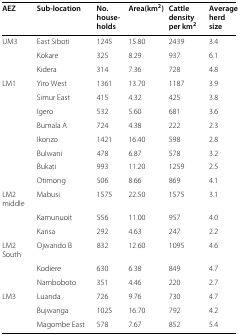
<table><thead><tr><td><b>AEZ</b></td><td><b>Sub-location</b></td><td><b>No. households</b></td><td><b>Area(km<sup>2</sup>)</b></td><td><b>Cattle density per km<sup>2</sup></b></td><td><b>Average herd size</b></td></tr></thead><tbody><tr><td>UM3</td><td>East Siboti</td><td>1245</td><td>15.80</td><td>2439</td><td>3.4</td></tr><tr><td> </td><td>Kokare</td><td>325</td><td>8.29</td><td>937</td><td>6.1</td></tr><tr><td> </td><td>Kidera</td><td>314</td><td>7.36</td><td>728</td><td>4.8</td></tr><tr><td>LM1</td><td>Yiro West</td><td>1361</td><td>13.70</td><td>1187</td><td>3.9</td></tr><tr><td> </td><td>Simur East</td><td>415</td><td>4.32</td><td>425</td><td>3.8</td></tr><tr><td> </td><td>Igero</td><td>532</td><td>5.60</td><td>681</td><td>3.6</td></tr><tr><td> </td><td>Bumala A</td><td>724</td><td>4.38</td><td>222</td><td>2.3</td></tr><tr><td> </td><td>Ikonzo</td><td>1421</td><td>16.40</td><td>598</td><td>2.8</td></tr><tr><td> </td><td>Bulwani</td><td>478</td><td>6.87</td><td>578</td><td>3.2</td></tr><tr><td> </td><td>Bukati</td><td>993</td><td>11.20</td><td>1259</td><td>2.5</td></tr><tr><td> </td><td>Otimong</td><td>506</td><td>8.66</td><td>869</td><td>4.1</td></tr><tr><td>LM2 middle</td><td>Mabusi</td><td>1575</td><td>22.50</td><td>1575</td><td>3.1</td></tr><tr><td> </td><td>Kamunuoit</td><td>556</td><td>11.00</td><td>957</td><td>4.0</td></tr><tr><td> </td><td>Karisa</td><td>292</td><td>4.63</td><td>247</td><td>2.2</td></tr><tr><td>LM2 South</td><td>Ojwando B</td><td>832</td><td>12.60</td><td>1095</td><td>4.6</td></tr><tr><td> </td><td>Kodiere</td><td>630</td><td>6.38</td><td>849</td><td>4.7</td></tr><tr><td> </td><td>Namboboto</td><td>351</td><td>4.46</td><td>220</td><td>2.7</td></tr><tr><td>LM3</td><td>Luanda</td><td>726</td><td>9.76</td><td>730</td><td>4.7</td></tr><tr><td> </td><td>Bujwanga</td><td>1025</td><td>16.70</td><td>792</td><td>4.2</td></tr><tr><td> </td><td>Magombe East</td><td>578</td><td>7.67</td><td>852</td><td>5.4</td></tr></tbody></table>